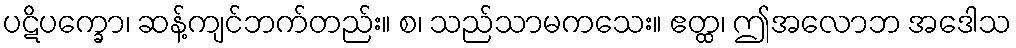
ပဋိပက္ခော၊ ဆန့်ကျင်ဘက်တည်း။ စ၊ သည်သာမကသေး။ ဧတ္ထ၊ ဤအလောဘ အဒေါသ